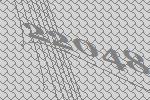
22048